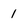
Character: 1